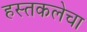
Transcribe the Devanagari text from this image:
हस्तकलेचा